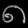
Digit: ၈